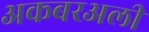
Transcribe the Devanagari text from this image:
अकबरअली